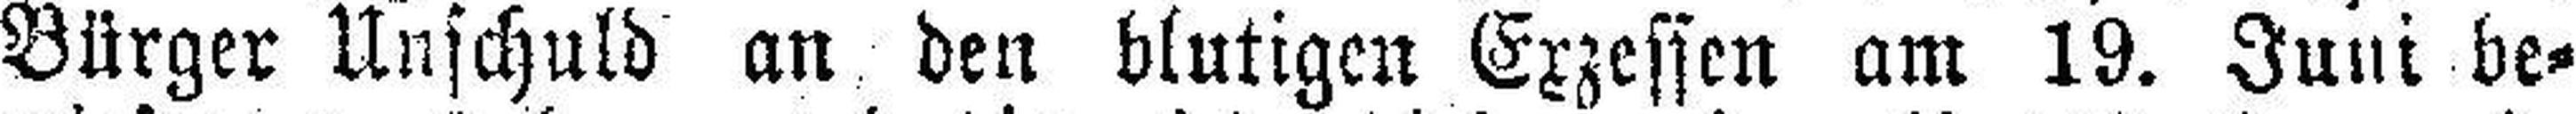
Bürger Unschuld an den blutigen Exzessen am 19. Juni be¬